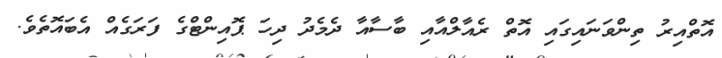
އޮތްއިރު ތިންވަނައިގައި އޮތް ރެއާލްއާއި ބާސާއާ ދެމެދު ދިހަ ޕޮއިންޓްގެ ފަރަގެއް އެބައޮތެވެ.